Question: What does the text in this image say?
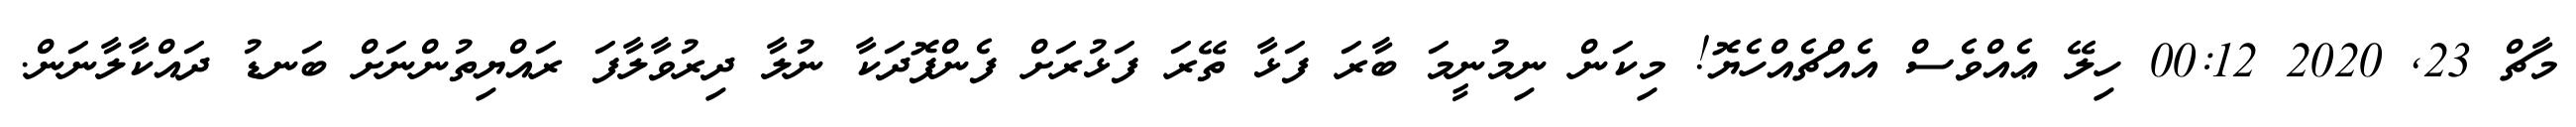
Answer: މާޗް 23, 2020 00:12 ހިލޭ ޢެއްވެސް އެއްޗެއްހެޔޮ! މިކަން ނިމުނީމަ ބާރަ ފަޅާ ތޭރަ ފަޅުރަށް ފެންފޮދަކާ ނުލާ ދިރުވާލާފަ ރައްޔިތުންނަށް ބަނޑު ދައްކާލާނަން.